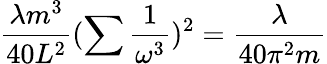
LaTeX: \frac{\lambda m^{3}}{40L^{2}}(\sum\frac{1}{\omega^{3}})^{2}=\frac{\lambda}{40\pi^{2}m}